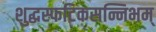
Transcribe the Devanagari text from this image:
शुद्धस्फटिकसन्निभम्